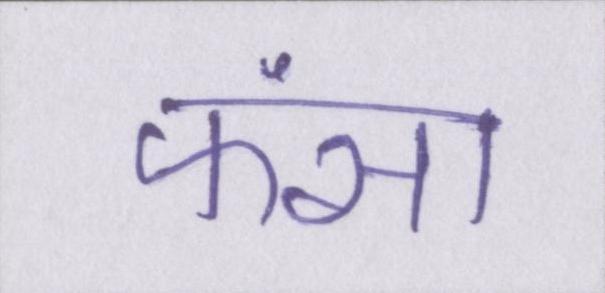
फंसा